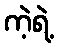
ကဲ့ရဲ့